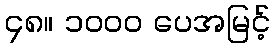
၄၈။ ၁၀၀၀ ပေအမြင့်